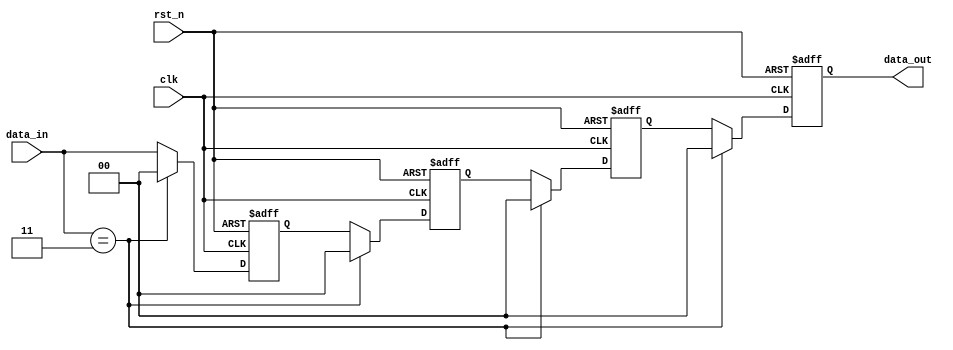
module remove_v_b(
input     wire           clk,
input     wire           rst_n,
input     wire  [1:0]    data_in,
output    wire  [1:0]    data_out
  );

reg [1:0] data[3:0];  //2

assign data_out = data[3];
always@(posedge clk or negedge rst_n)
 begin
  if(!rst_n)
    begin
	  //data_out <= 0;
     data[3] <= 0;
     data[2] <= 0; 
     data[1] <= 0;
	   data[0] <= 0;
	 end
  else if(data_in == 2'b11) //v
    begin
	  //data_out <= 0;
     data[3] <= 0;
     data[2] <= 0; 
     data[1] <= 0;
	  data[0] <= 0;	
	  
	 end
  else
    begin
	  //data_out <= data[3];
     data[3] <= data[2];
     data[2] <= data[1]; 
     data[1] <= data[0];
     data[0] <= data_in; 
    end  
 end

 //assign data_out = () ? data[3]:2'b00 
 //assign data_out = data[3];

endmodule